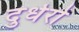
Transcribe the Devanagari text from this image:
दुर्धरो